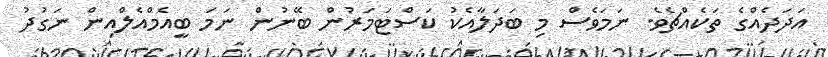
އަދަދެއްގެ ތަކެއްޗެވެ. ނަމަވެސް މި ބަދަލާއެކު ކަސްޓަމަރުން ބޭނުން ނަމަ ބީއެމްއެލްއިން ނަގުދު